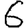
Digit: 6